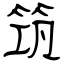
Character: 筑